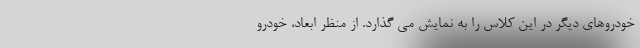
خودروهای دیگر در این کلاس را به نمایش می گذارد. از منظر ابعاد، خودرو